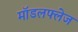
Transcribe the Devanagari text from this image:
मॉडलफ्लेज